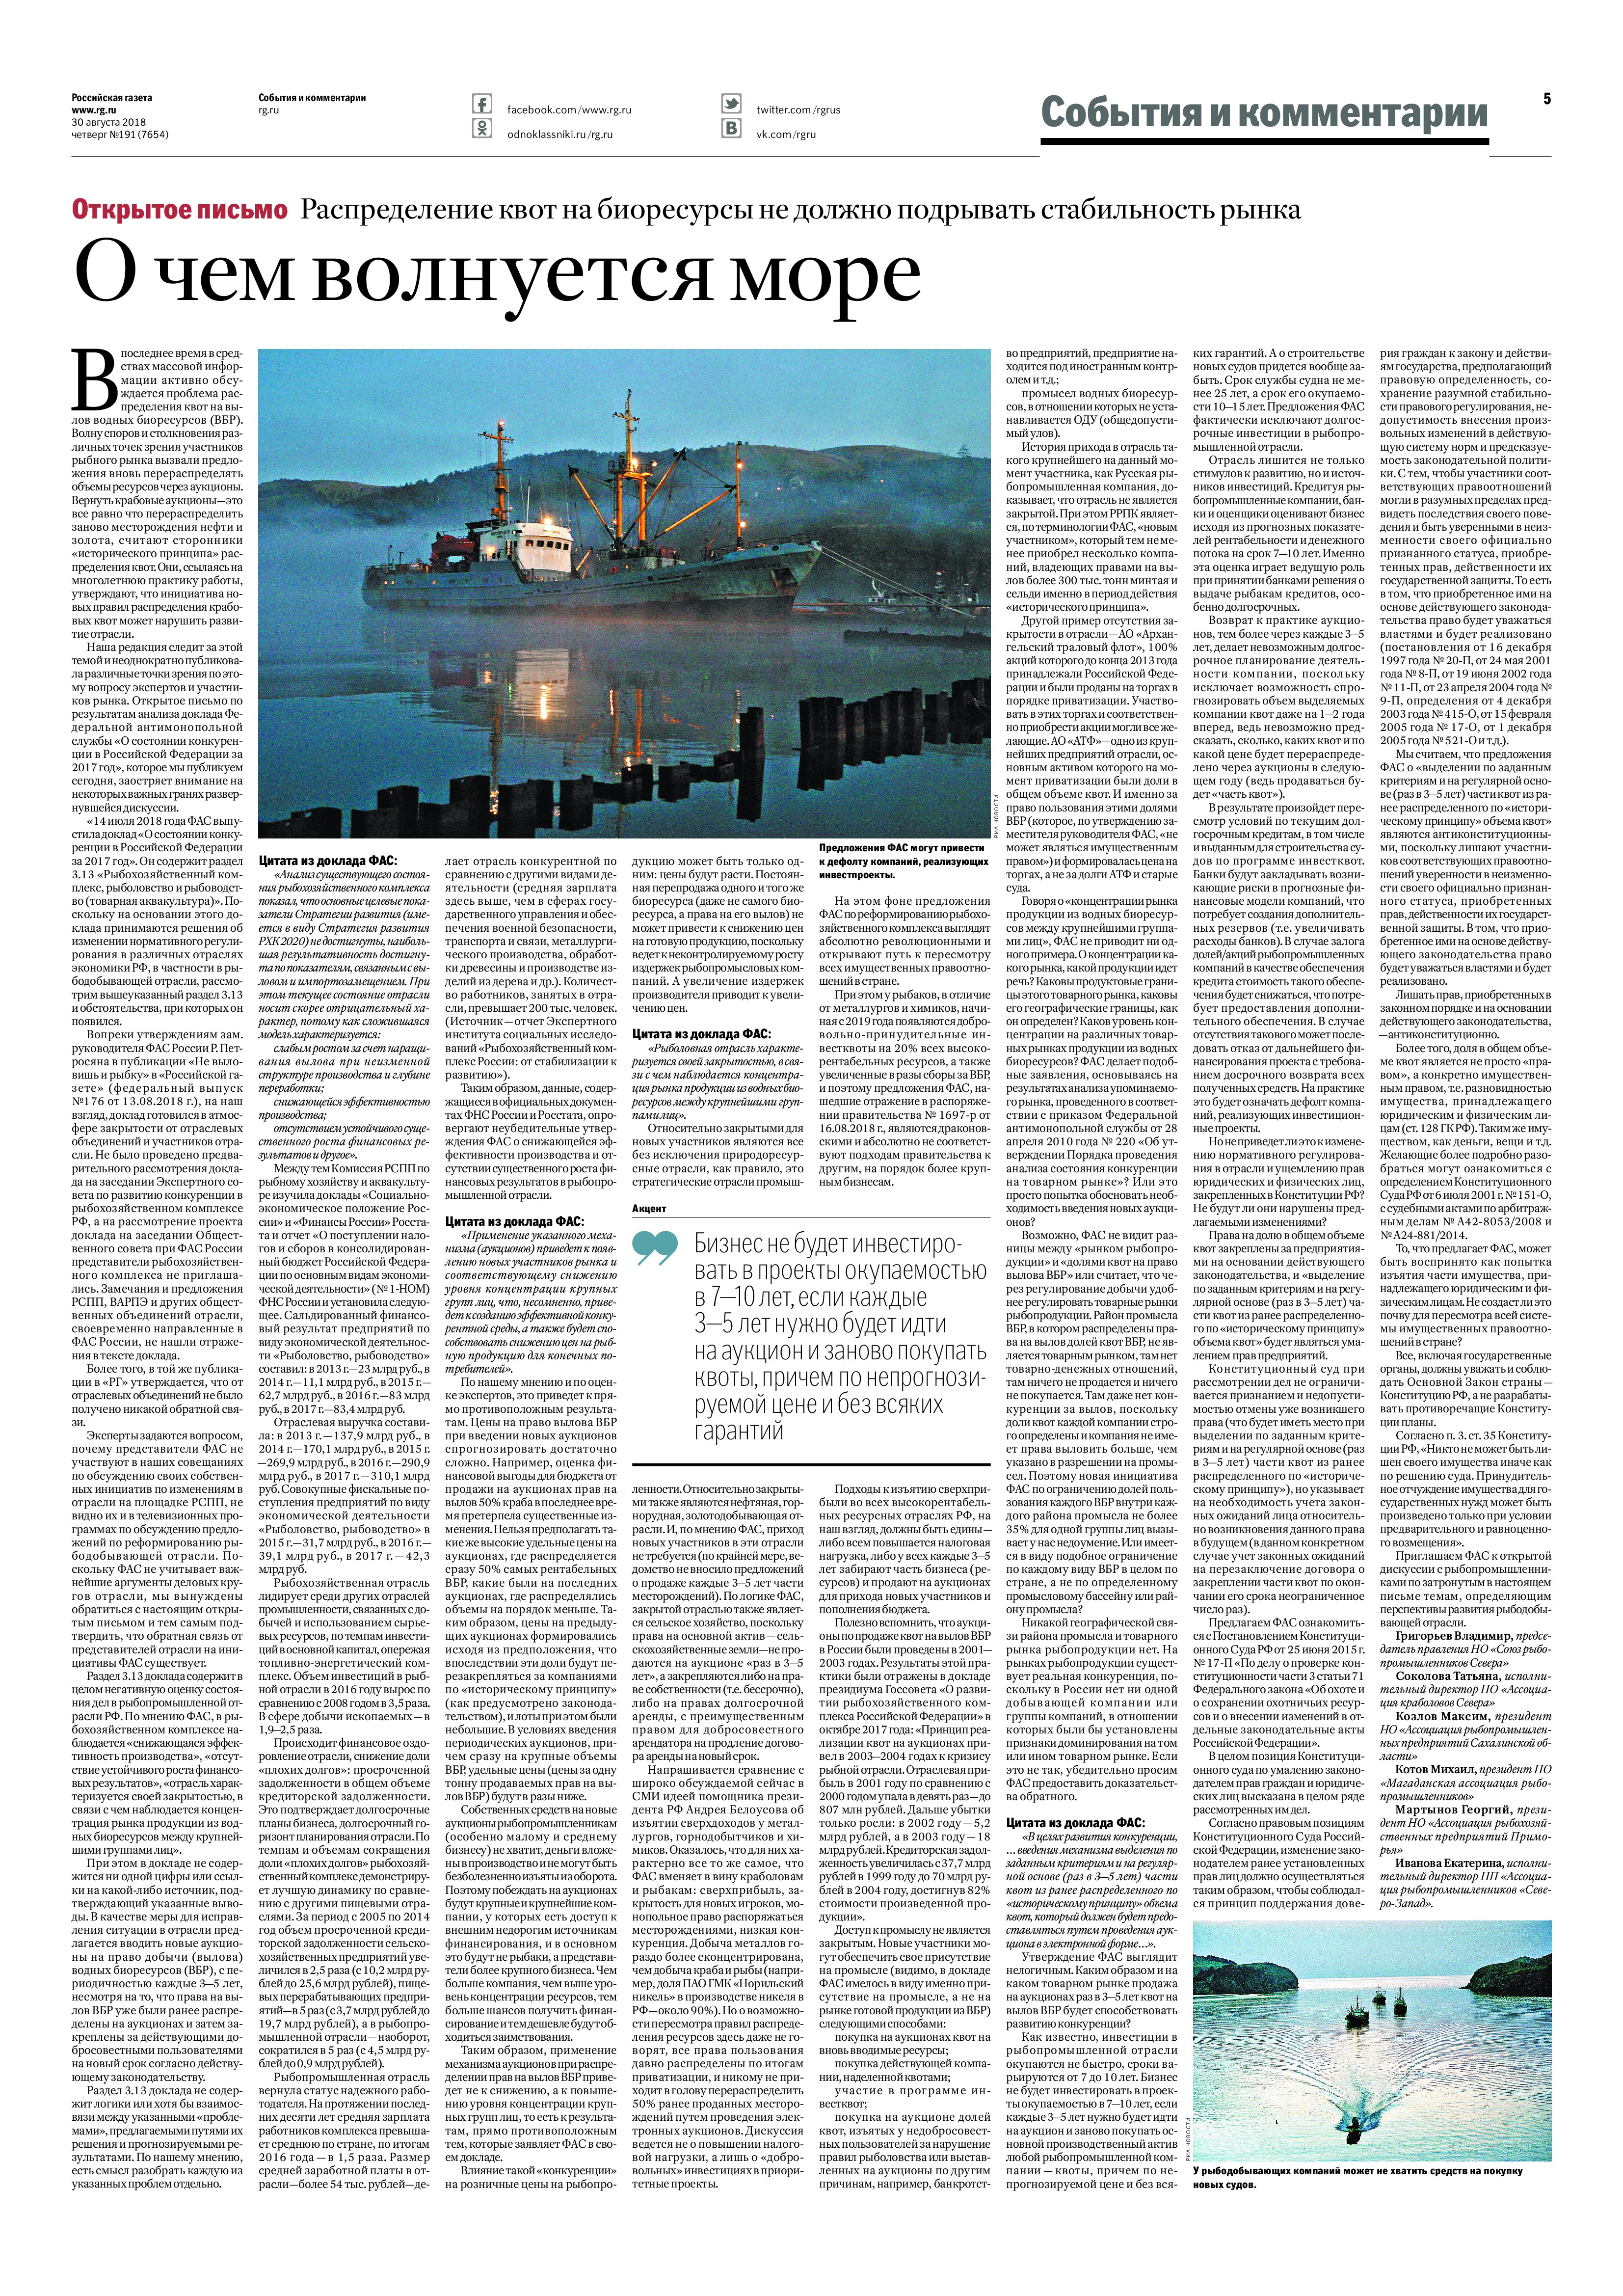
Language: ru